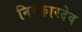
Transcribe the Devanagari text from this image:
निरंकारदेव